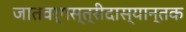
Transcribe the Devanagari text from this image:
जातवर्गस्त्रीदास्यान्तक